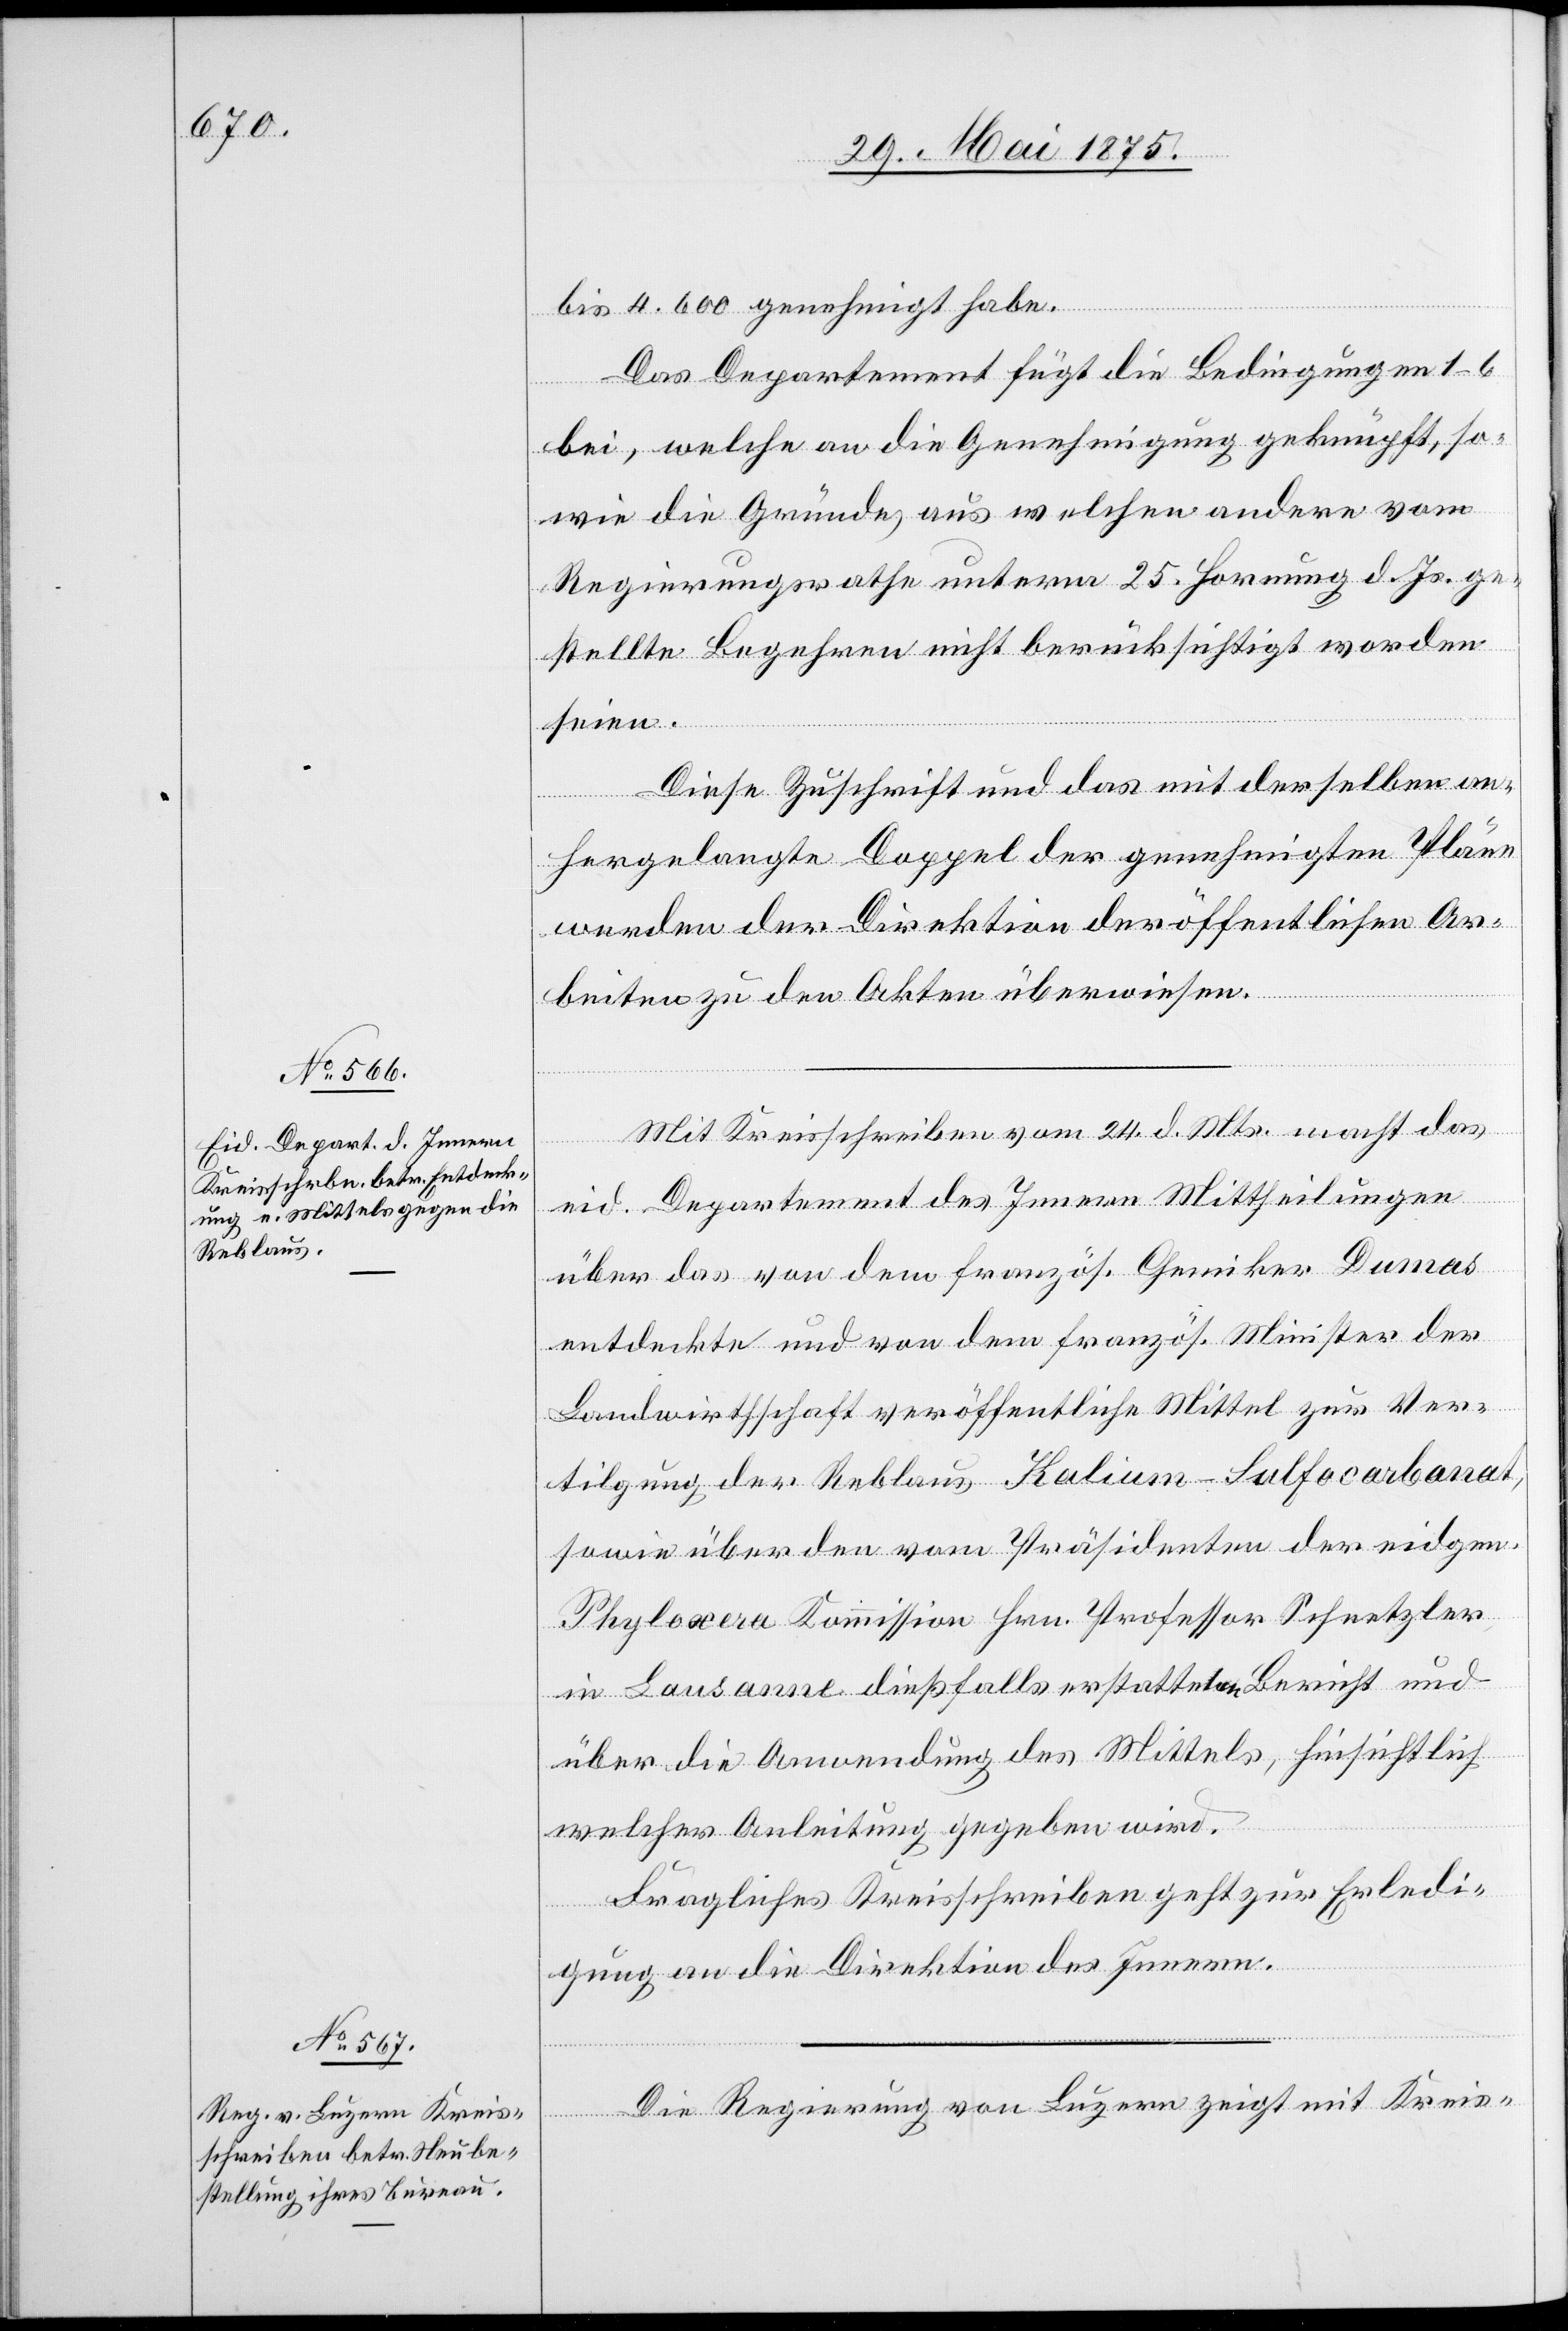
bis 4,600 genehmigt habe.
Das Departement fügt die Bedingungen 1–6
bei, welche an die Genehmigung geknüpft, so¬
wie die Gründe, aus welchen andere vom
Regierungsrathe unterm 25. Hornung d. Js. ge¬
stellte Begehren nicht berücksichtigt worden
seien.
Diese Zuschrift und das mit derselben an¬
hergelangte Doppel der genehmigten Pläne
werden der Direktion der öffentlichen Ar¬
beiten zu den Akten überwiesen.
Mit Kreisschreiben vom 24. d. Mts. macht das
eid. Departement des Innern Mittheilungen
über das von dem französ. Chemiker Dumas
entdeckte und von dem französ. Minister der
Landwirtschaft veröffentlichte Mittel zur Ver¬
tilgung der Reblaus Kalium-Sulfocarbanat
sowie über den vom Präsidenten der eidgen.
Phyloxera Kommission Hrn. Professor Schnetzler
in Lausanne dießfalls erstatteten Bericht und
über die Anwendung des Mittels, hinsichtlich
welcher Anleitung gegeben wird.
Fragliches Kreisschreiben geht zur Erledi¬
gung an die Direktion des Innern.
Die Regierung von Luzern zeigt mit Kreis-